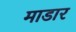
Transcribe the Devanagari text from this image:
माडार